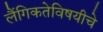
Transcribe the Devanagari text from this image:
लैंगिकतेविषयीचे